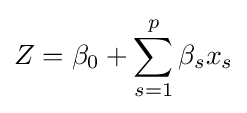
Z=\beta _{0}+\sum _{s=1}^{p}\beta _{s}x_{s}